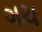
ગચ